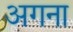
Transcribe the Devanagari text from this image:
अगना